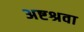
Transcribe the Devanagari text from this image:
अष्टश्रवा